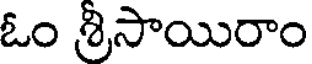
ఓం శ్రీసాయిరాం